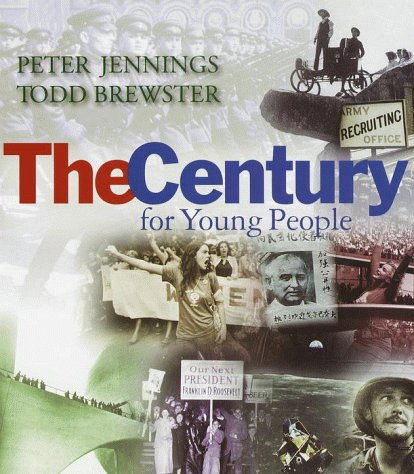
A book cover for The Century for Young People; Peter Jennings; Children's Books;